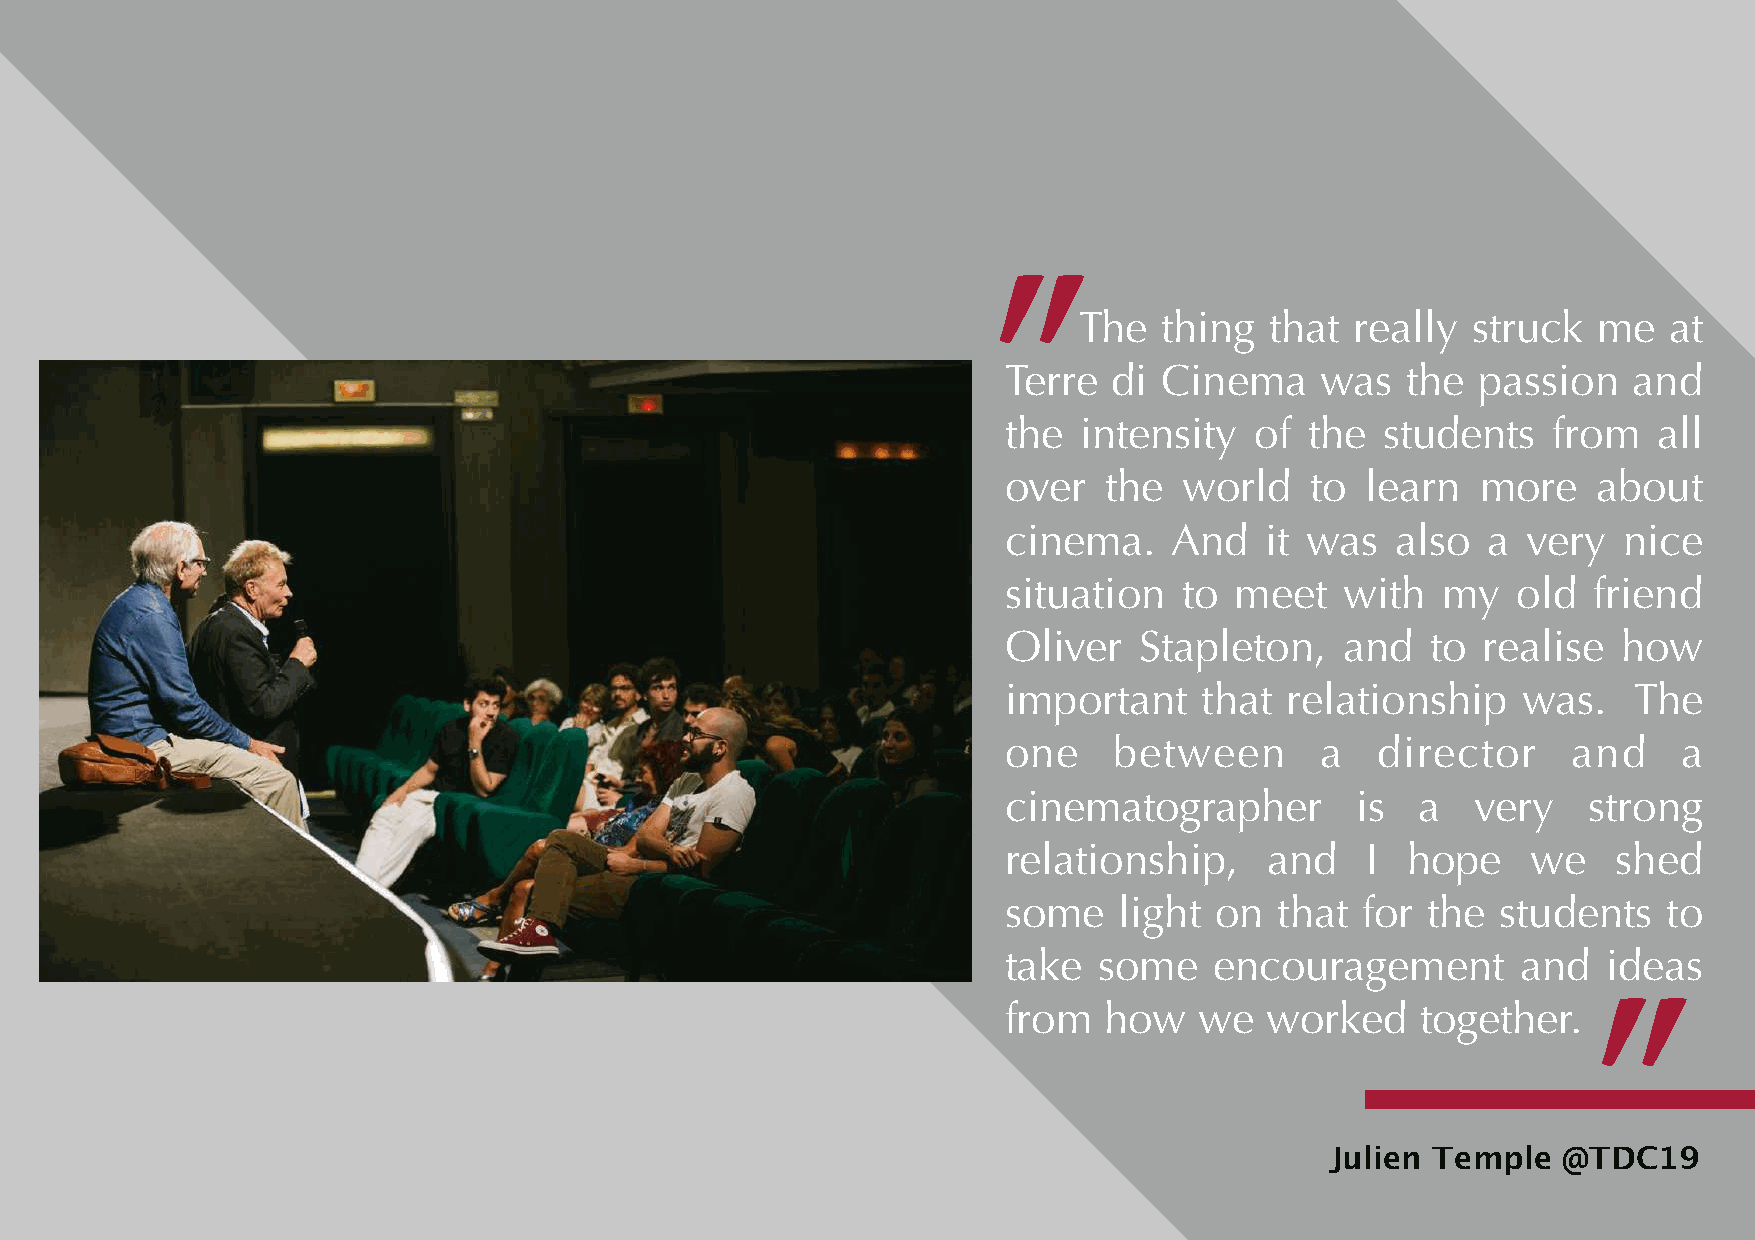
The   thing  that  really struck   me  at
 "
 Terre   di Cinema    was   the  passion   and
 the  intensity   of  the students    from   all
 over   the  world    to learn   more    about
 cinema.    And    it was  also  a  very  nice
 situation   to  meet   with  my   old  friend
 Oliver   Stapleton,    and   to realise  how
 important     that relationship    was.   The
 one     between      a   director     and    a
 cinematographer         is  a   very   strong
 relationship,     and   I  hope    we    shed
 some    light on   that for the  students   to
 take   some   encouragement        and  ideas
 from   how   we   worked    together.
 "
 Julien Temple  @TDC19